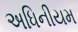
અધિનીયમ